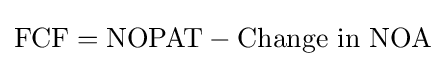
\mathrm {FCF} ={\mbox{NOPAT}}-{\mbox{Change in NOA}}